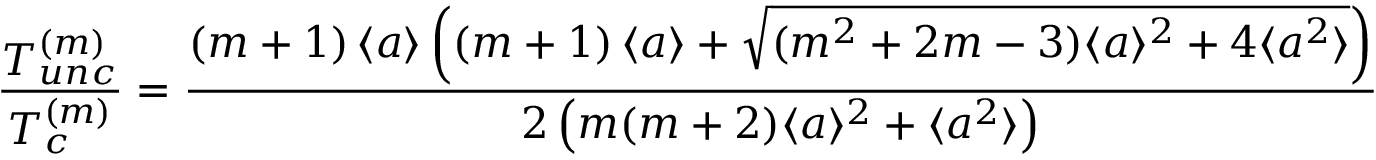
\frac { T _ { u n c } ^ { ( m ) } } { T _ { c } ^ { ( m ) } } = \frac { \left( m + 1 \right) \langle a \rangle \left( \left( m + 1 \right) \langle a \rangle + \sqrt { ( m ^ { 2 } + 2 m - 3 ) \langle a \rangle ^ { 2 } + 4 \langle a ^ { 2 } \rangle } \right) } { 2 \left( m ( m + 2 ) \langle a \rangle ^ { 2 } + \langle a ^ { 2 } \rangle \right) }